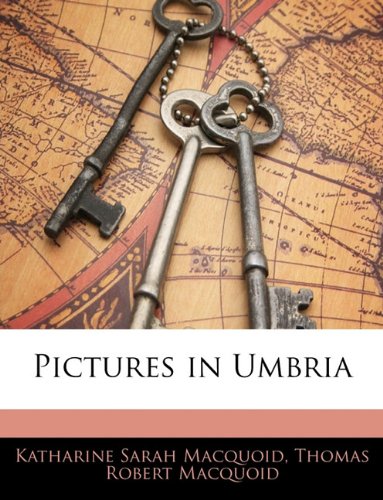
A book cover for Pictures in Umbria; Katharine Sarah Macquoid; Travel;